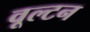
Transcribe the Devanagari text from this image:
वूल्टन